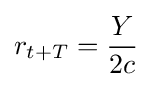
r_{t+T}={\frac {Y}{2c}}